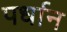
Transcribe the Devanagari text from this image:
पर्धान